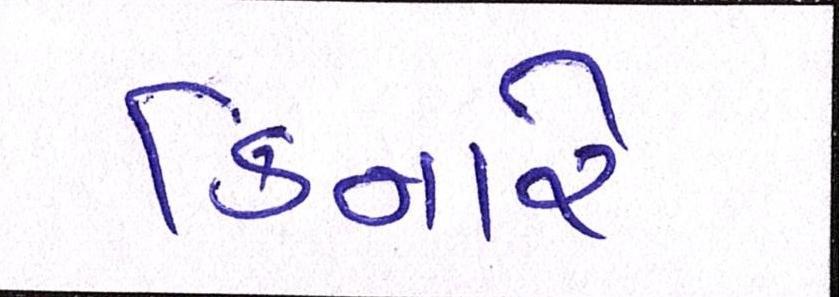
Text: કિનારે